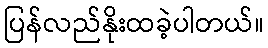
ပြန်လည်နိုးထခဲ့ပါတယ်။